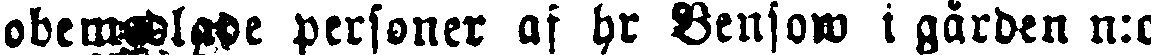
obemedlade personer af hr Bensow i gården n:o